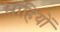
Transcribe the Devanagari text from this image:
साहियों